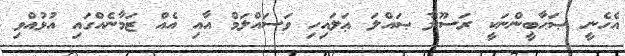
އެހެނީ ޞަޙާބީންނަކީ ރަސޫލާ ޞައްލަ ޢަލައިހި ވަސައްލަމް އާއި އެއް ޒަމާނެއްގައި އުޅުއްވި